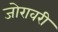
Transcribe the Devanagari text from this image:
जोरावरी